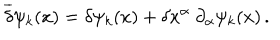
\overline { { { \delta } } } \psi _ { k } ( x ) = \delta \psi _ { k } ( x ) + \delta x ^ { \alpha } \ \partial _ { \alpha } \psi _ { k } ( x ) \, .